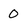
Character: 0